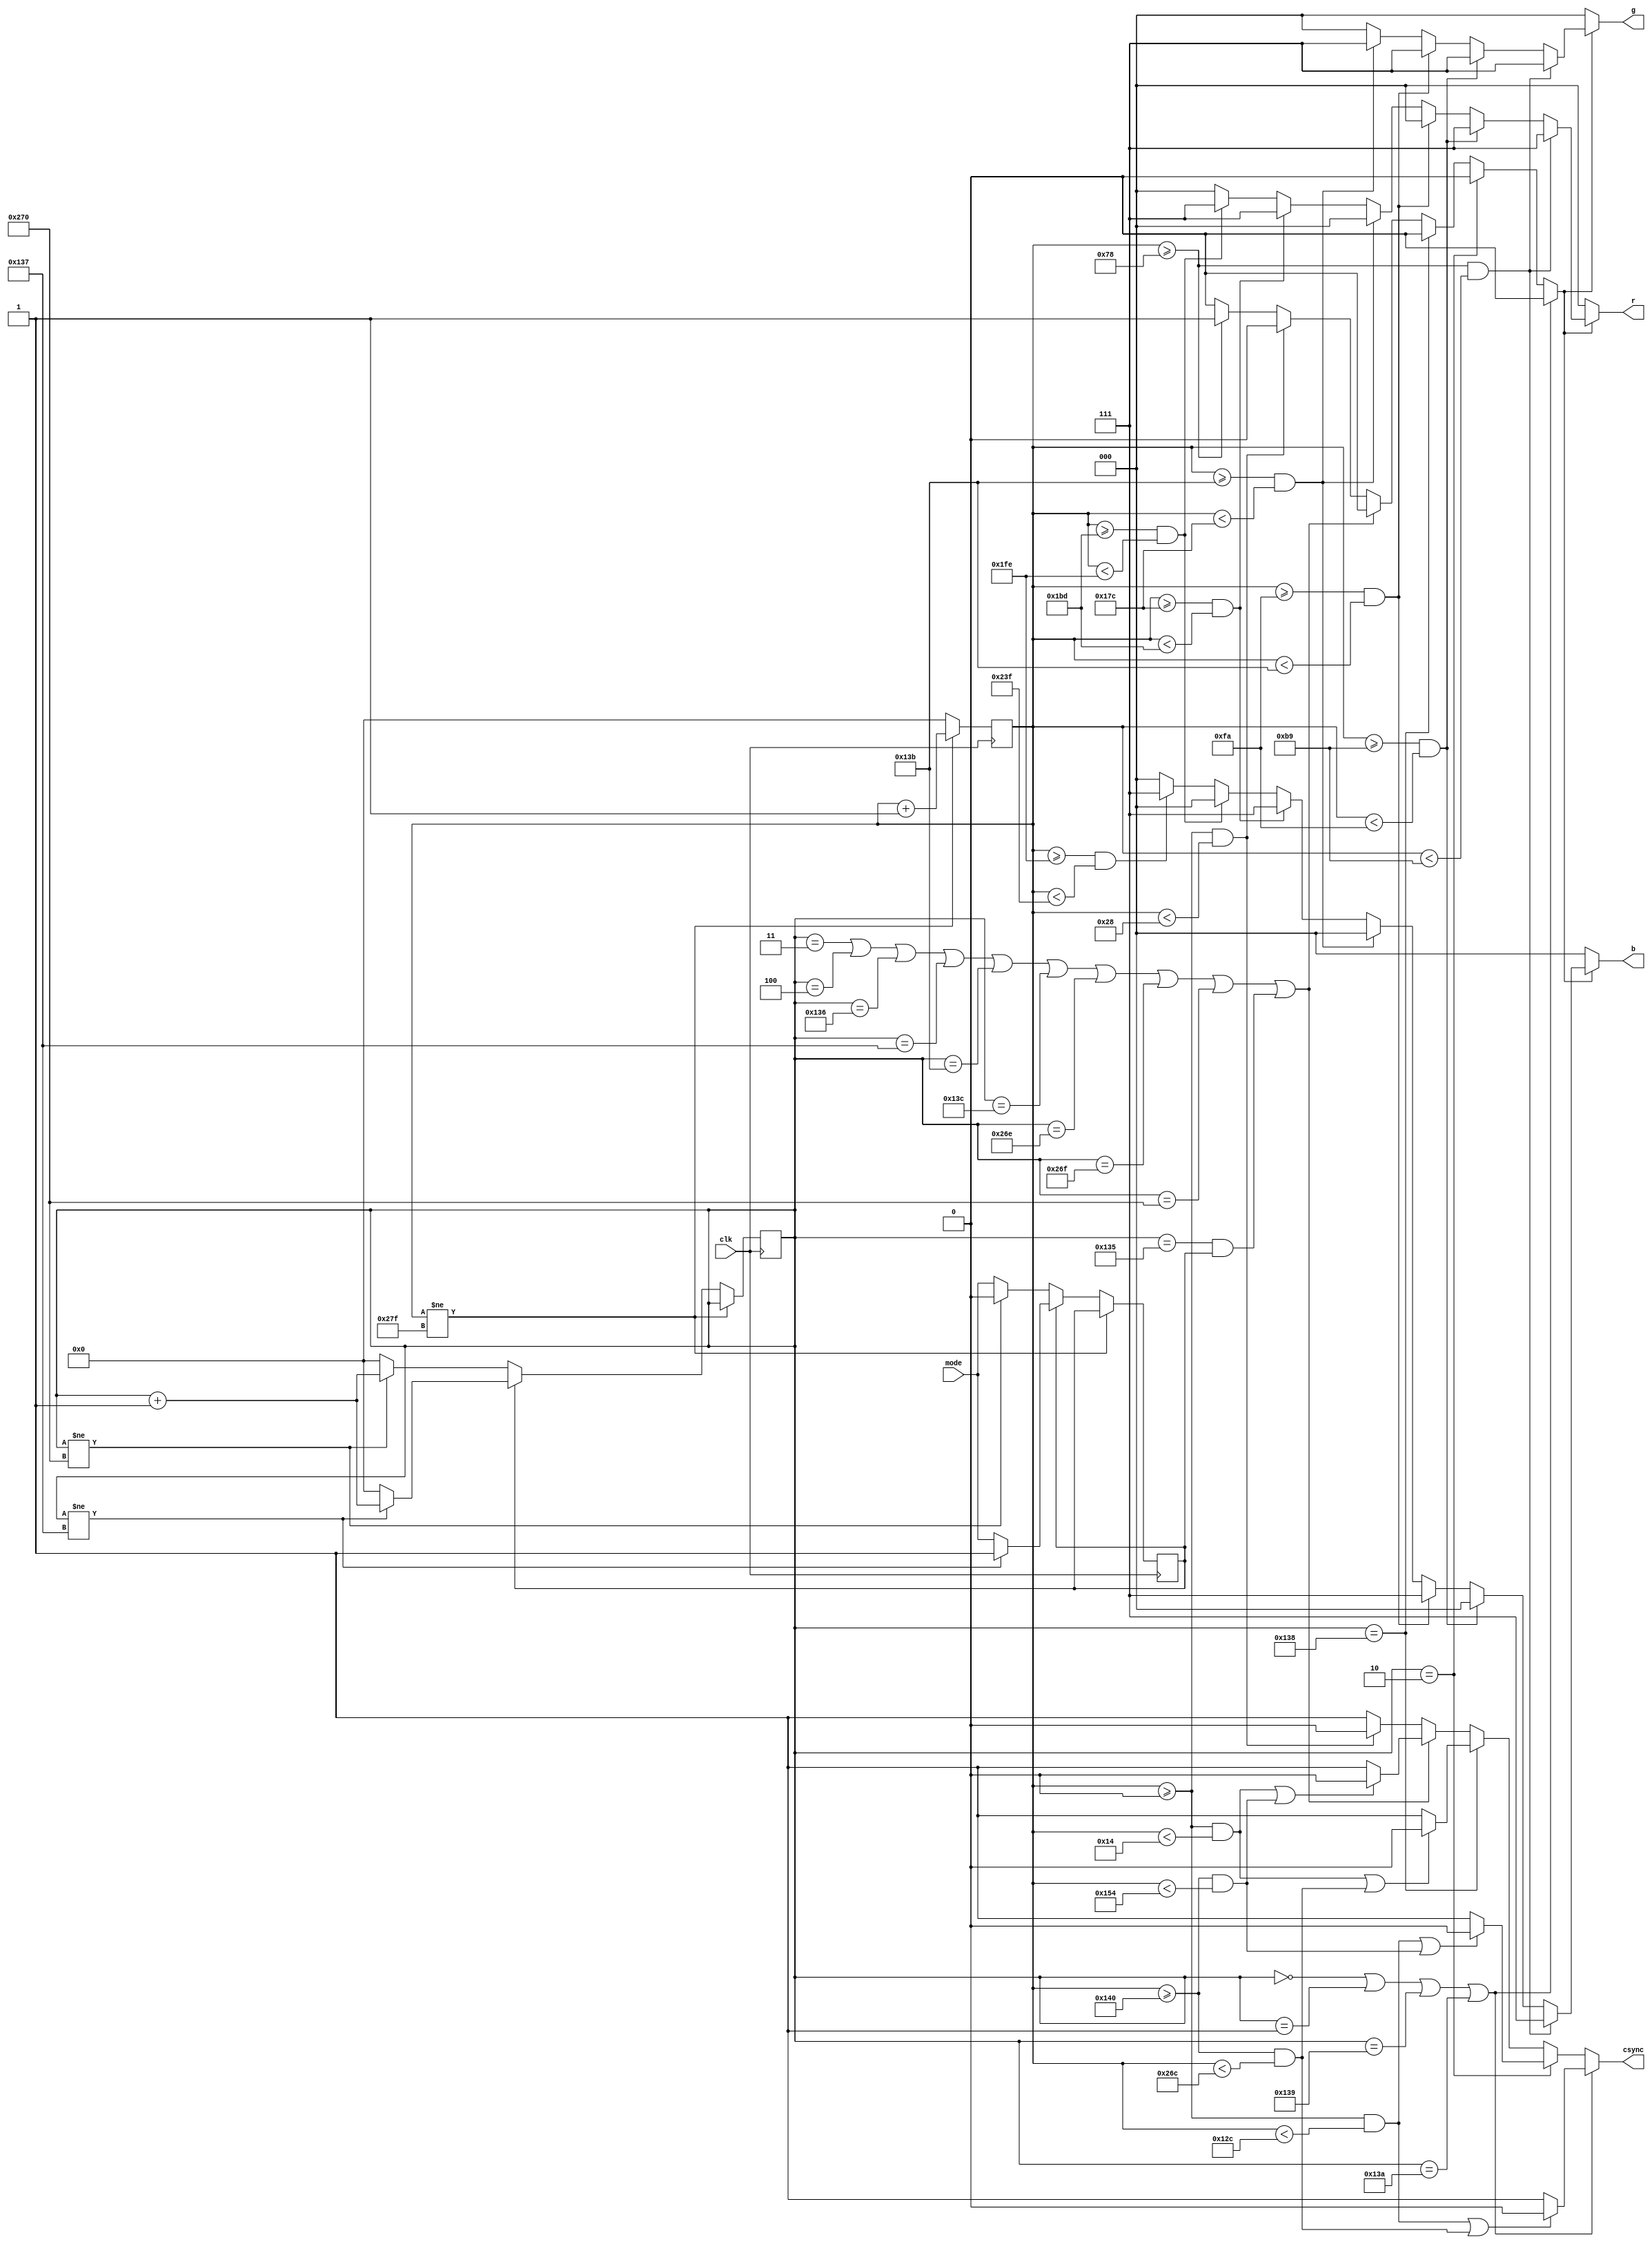
module genframe (
   input wire clk,  // 10 MHz
   input wire mode, // 0: interlaced. 1: progressive
   output reg [2:0] r,
   output reg [2:0] g,
   output reg [2:0] b,
   output reg csync
   );
   
   reg [9:0] hc = 10'd0;
   reg [9:0] vc = 10'd0;
   reg intprog = 1'b0; // internal copy of mode

   // Counters (horizontal and vertical). 
   // Horizontal counts tenths of microseconds. Vertical counts lines.
   always @(posedge clk) begin
      if (hc != 10'd639) begin
         hc <= hc + 10'd1;
      end
      else begin
         hc <= 10'd0;
         if (intprog == 1'b0) begin
            if (vc != 624) begin
               vc <= vc + 10'd1;
            end
            else begin
               vc <= 10'd0;
               intprog <= mode;
            end
         end
         else begin
            if (vc != 311) begin
               vc <= vc + 10'd1;
            end
            else begin
               vc <= 10'd0;
               intprog <= mode;
            end
         end
      end
   end
   
   // Sync generation (info taken from http://martin.hinner.info/vga/pal.html )
   reg videoen;
   always @* begin
      csync = 1'b1;
      videoen = 1'b0;
      
      if (vc == 10'd0 || 
          vc == 10'd1 || 
          vc == 10'd313 || 
          vc == 10'd314) begin
         if ((hc >= 10'd0 && hc < 10'd300) || (hc >= 10'd320 && hc < 10'd620)) begin
            csync = 1'b0;
         end
      end
      else if (vc == 10'd2) begin
         if ((hc >= 10'd0 && hc < 10'd300) || (hc >= 10'd320 && hc < 10'd340)) begin
            csync = 1'b0;
         end
      end
      else if (vc == 10'd312) begin
         if ((hc >= 10'd0 && hc < 10'd20) || (hc >= 10'd320 && hc < 10'd620)) begin
            csync = 1'b0;
         end
      end
      else if (vc == 10'd3 || 
               vc == 10'd4 || 
               vc == 10'd310 || 
               vc == 10'd311 || 
               vc == 10'd315 || 
               vc == 10'd316 ||
               vc == 10'd622 ||
               vc == 10'd623 ||
               vc == 10'd624 ||
               (vc == 10'd309 && intprog == 1'b1)) begin
         if ((hc >= 10'd0 && hc < 10'd20) || (hc >= 10'd320 && hc < 10'd340)) begin
            csync = 1'b0;
         end
      end
      else begin // we are in one visible scanline
         if (hc >= 10'd0 && hc < 10'd40) begin
            csync = 1'b0;
         end
         else if (hc >= 10'd120) begin
            videoen = 1'b1;
         end
      end
   end

   // Color bars generation
   always @* begin
      r = 3'b000;
      g = 3'b000;
      b = 3'b000;
      if (videoen == 1'b1) begin
         if (hc >= 120+65*0 && hc < 120+65*1) begin
            r = 3'b111;
            g = 3'b111;
            b = 3'b111;
         end
         else if (hc >= 120+65*1 && hc < 120+65*2) begin
            r = 3'b111;
            g = 3'b111;
            b = 3'b000;
         end
         else if (hc >= 120+65*2 && hc < 120+65*3) begin
            r = 3'b000;
            g = 3'b111;
            b = 3'b111;
         end
         else if (hc >= 120+65*3 && hc < 120+65*4) begin
            r = 3'b000;
            g = 3'b111;
            b = 3'b000;
         end
         else if (hc >= 120+65*4 && hc < 120+65*5) begin
            r = 3'b111;
            g = 3'b000;
            b = 3'b111;
         end
         else if (hc >= 120+65*5 && hc < 120+65*6) begin
            r = 3'b111;
            g = 3'b000;
            b = 3'b000;
         end
         else if (hc >= 120+65*6 && hc < 120+65*7) begin
            r = 3'b000;
            g = 3'b000;
            b = 3'b111;
         end
         else if (hc >= 120+65*7 && hc < 120+65*8) begin
            r = 3'b000;
            g = 3'b000;
            b = 3'b000;
         end         
      end
   end
endmodule